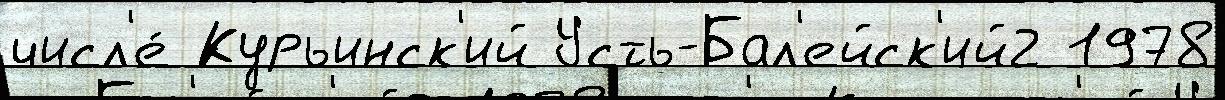
числ'е́ Курьинск'ий Усть-Бал'ейск'ий2 1978